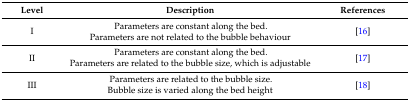
<table><thead><tr><td><b>Level</b></td><td><b>Description</b></td><td><b>References</b></td></tr></thead><tbody><tr><td>I</td><td>Parameters are constant along the bed. Parameters are not related to the bubble behaviour</td><td>[16]</td></tr><tr><td>II</td><td>Parameters are constant along the bed. Parameters are related to the bubble size, which is adjustable</td><td>[17]</td></tr><tr><td>III</td><td>Parameters are related to the bubble size. Bubble size is varied along the bed height</td><td>[18]</td></tr></tbody></table>